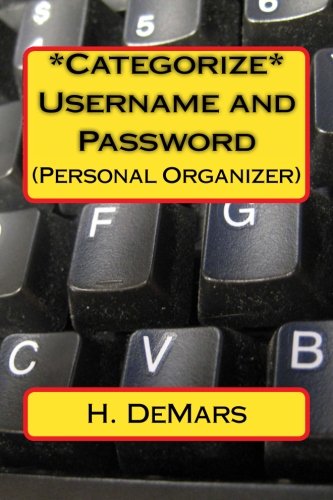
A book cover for *Categorize* Username and Password: (Personal Organizer); H. DeMars; Computers & Technology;